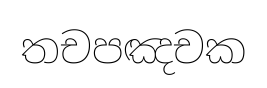
තචපඤචක